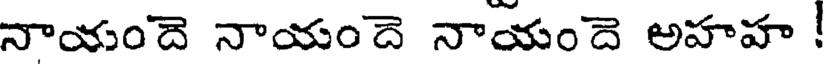
నాయందె నాయందె నాయందె అహహ !